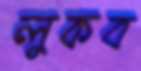
লুকব